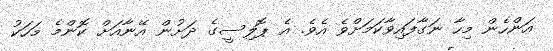
އަންހެން މިހާ ނަގާފައިވާކަމަށްވެ އެވެ. އެ ޕޮލިސީގެ ދަށުން އޭނާއަށް ކޮންމެ މަހަކު